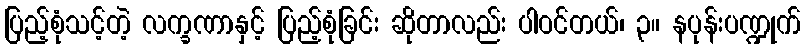
ပြည့်စုံသင့်တဲ့ လက္ခဏာနှင့် ပြည့်စုံခြင်း ဆိုတာလည်း ပါဝင်တယ်၊ ၃။ နပုန်းပဏ္ဍုက်